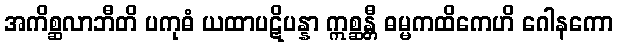
အကိစ္ဆလာဘီတိ ပကုဓံ ယထာပဋိပန္နာ ဣစ္ဆန္တီ ဓမ္မကထိကေဟိ ဂေါနကော